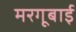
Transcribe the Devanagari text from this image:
मरगूबाई